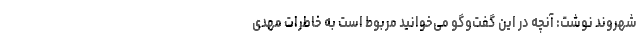
شهروند نوشت: آنچه در این گفت‌وگو می‌خوانید مربوط است به خاطرات مهدی